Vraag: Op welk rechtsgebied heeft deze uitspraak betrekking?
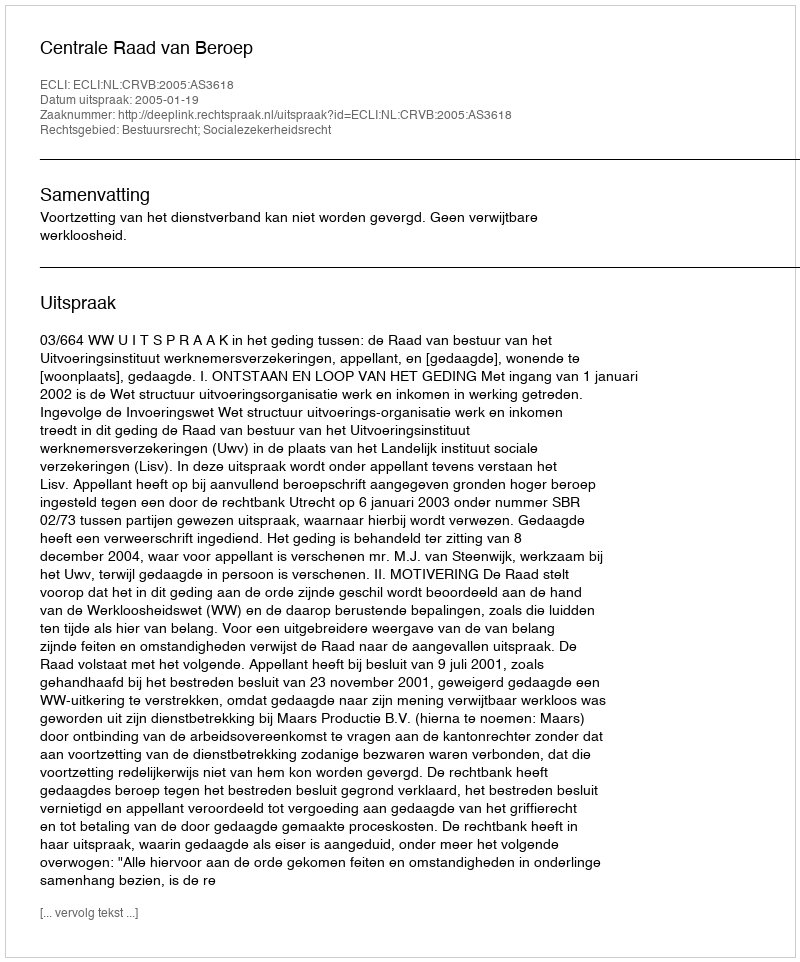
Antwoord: Bestuursrecht; Socialezekerheidsrecht